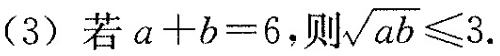
(3)若$$a+b=6$$，则 $$\sqrt{ab} \leqslant 3$$.